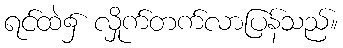
ရင်ထဲ၌ လှိုက်တက်လာပြန်သည်။